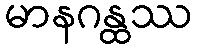
မာနဂန္ထဿ